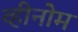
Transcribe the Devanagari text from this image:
व्हीनोम